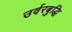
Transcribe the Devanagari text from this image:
उर्वरबुद्धि